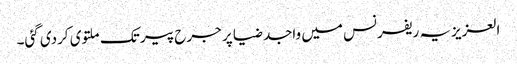
العزیزیہ ریفرنس میں واجد ضیا پر جرح پیر تک ملتوی کردی گئی۔